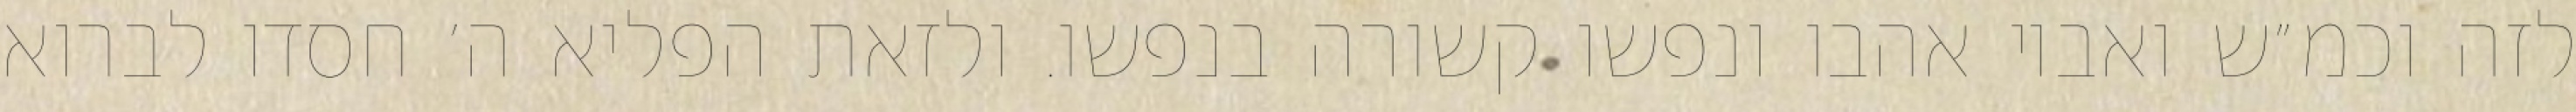
לזה וכמ״ש ואביו אהבו ונפשו קשורה בנפשו. ולזאת הפליא ה׳ חסדו לברוא